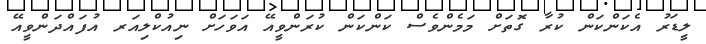
ލީޑަރު އެކަންކަން ކުރާ ގޮތަށް މަމެންވެސް ކަންކަން ކުރަންވީއޭ އަވަހަށް ނިއުކްލިއަރ އުފައްދަންވީއޭ